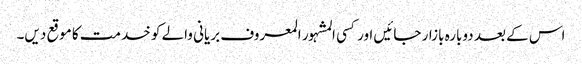
اس کے بعد دوبارہ بازار جائیں اور کسی المشہور المعروف بریانی والے کو خدمت کا موقع دیں۔